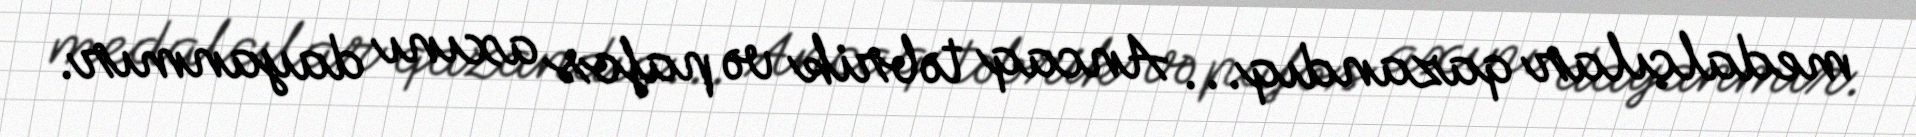
medalçılar qazandıq... Ancaq təbrik və pafos axını dayanmır.